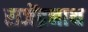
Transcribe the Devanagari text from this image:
राजेंद्रनाथ